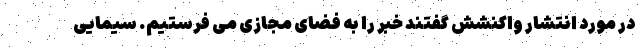
در مورد انتشار واکنشش گفتند خبر را به فضای مجازی می فرستیم. سیمایی